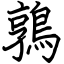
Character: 鶉